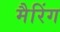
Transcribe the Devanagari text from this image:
मैरिंग